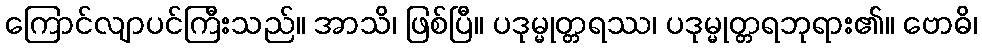
ကြောင်လျာပင်ကြီးသည်။ အာသိ၊ ဖြစ်ပြီ။ ပဒုမ္မုတ္တရဿ၊ ပဒုမ္မုတ္တရဘုရား၏။ ဗောဓိ၊